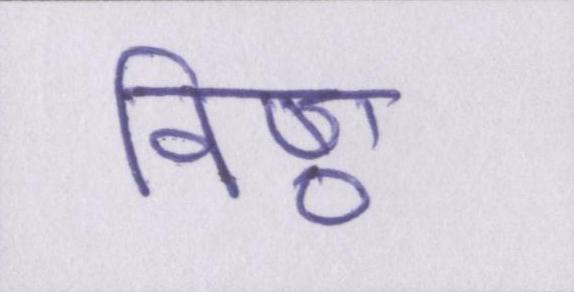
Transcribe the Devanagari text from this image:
विष्ठा